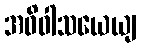
အဓိဝါသယေယျ